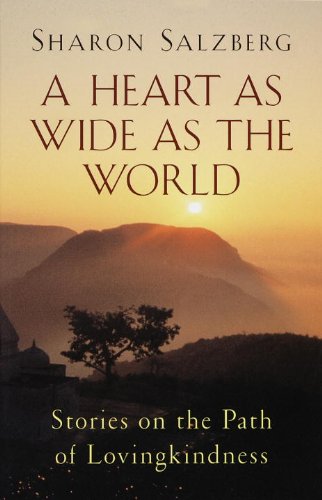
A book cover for A Heart as Wide as the World; Sharon Salzberg; Religion & Spirituality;